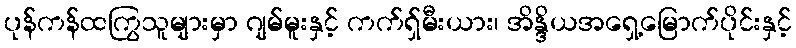
ပုန်ကန်ထကြွသူများမှာ ဂျမ်မူးနှင့် ကက်ရှ်မီးယား၊ အိန္ဒိယအရှေ့မြောက်ပိုင်းနှင့်